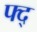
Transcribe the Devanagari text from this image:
फ्द्